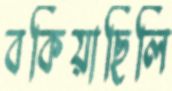
বকিয়াছিলি